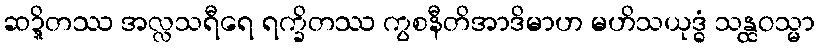
ဆဍ္ဍိတဿ အလ္လသရီရေ ရက္ခိတဿ ကွစနီတိအာဒိမာဟ မဟိသယုဒ္ဓံ သန္ထဝသ္မာ